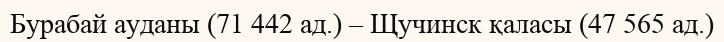
Бурабай ауданы (71 442 ад.) – Щучинск қаласы (47 565 ад.)